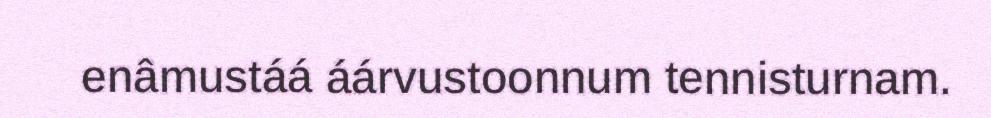
enâmustáá áárvustoonnum tennisturnam.